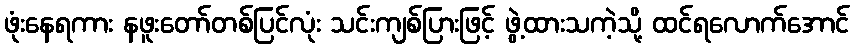
ဖုံးနေရကား နဖူးတော်တစ်ပြင်လုံး သင်းကျစ်ပြားဖြင့် ဖွဲ့ထားသကဲ့သို့ ထင်ရလောက်အောင်